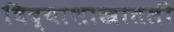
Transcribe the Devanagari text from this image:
विद्याशाखातली